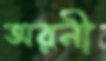
অরনী